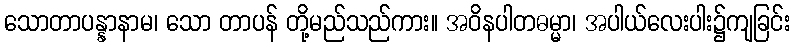
သောတာပန္နာနာမ၊ သော တာပန် တို့မည်သည်ကား။ အဝိနပါတဓမ္မာ၊ အပါယ်လေးပါး၌ကျခြင်း